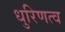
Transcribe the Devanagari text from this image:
धुरिणत्व